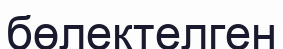
бөлектелген